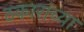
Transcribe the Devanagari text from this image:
ठकारांच्या